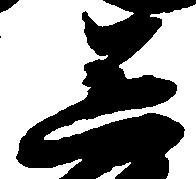
送